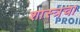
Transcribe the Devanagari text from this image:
शास्त्रचा